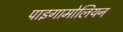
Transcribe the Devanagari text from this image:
पाइगामोलियन